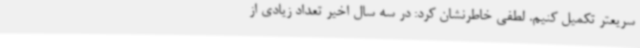
سریعتر تکمیل کنیم. لطفی خاطرنشان کرد: در سه سال اخیر تعداد زیادی از